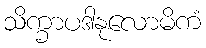
သိက္ခာပဒါနုလောမိကံ